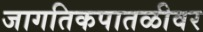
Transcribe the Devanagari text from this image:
जागतिकपातळीवर